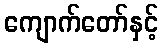
ကျောက်တော်နှင့်